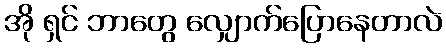
အို ရှင် ဘာတွေ လျှောက်ပြောနေတာလဲ